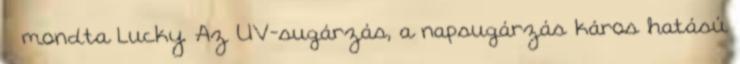
– mondta Lucky. Az UV-sugárzás, a napsugárzás káros hatású